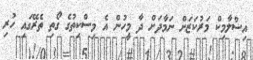
އިސްލާމިކް މަރުކަޒަށް ނަމާދަށް ދާ މީހުން އެ މިސްކިތުގެ ގޯތި ތެރޭގައި ހުރި